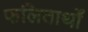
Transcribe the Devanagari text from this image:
फलितार्थों